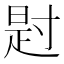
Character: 𪧺